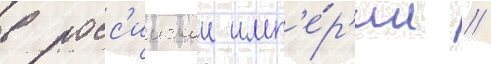
в росс'иискои имп'е́р'ии //